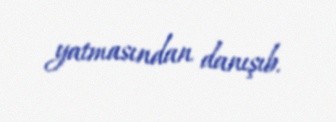
yatmasından danışıb.